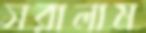
সরালাম